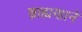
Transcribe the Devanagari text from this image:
ब्राह्मणानें